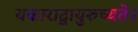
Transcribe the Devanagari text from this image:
यकाराद्वायुरुच्यते।